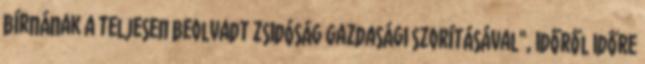
bírnának a teljesen beolvadt zsidóság gazdasági szorításával", időről időre